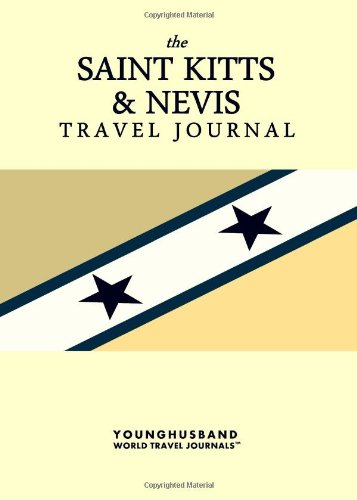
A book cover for The Saint Kitts & Nevis Travel Journal; Younghusband World Travel Journals; Travel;